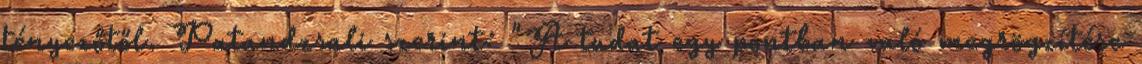
tényezőtől. Patandzsali szerint: "A tudat egy pontban való megrögzítése